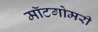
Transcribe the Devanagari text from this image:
मॉटगोमरी